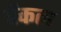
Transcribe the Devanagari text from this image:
हेंकल